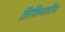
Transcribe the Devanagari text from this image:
त्रिविमतीय